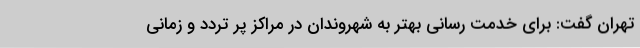
تهران گفت: برای خدمت رسانی بهتر به شهروندان در مراکز پر تردد و زمانی